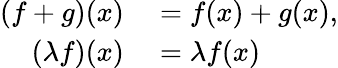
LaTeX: \begin{array}{rl}{(f+g)(x)}&{{}=f(x)+g(x),}\\ {(\lambda f)(x)}&{{}=\lambda f(x)}\end{array}